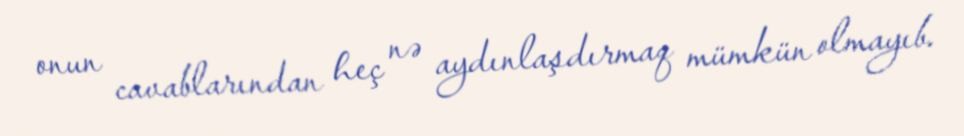
onun cavablarından heç nə aydınlaşdırmaq mümkün olmayıb.